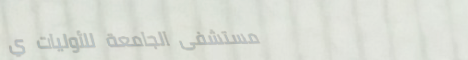
مستشفى الجامعة للأوليات ي